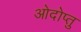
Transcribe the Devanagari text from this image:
ओदोप्तु